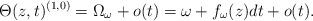
\begin{align*} \Theta(z,t)^{(1,0)}=\Omega_{\omega}+ o(t)=\omega+f_{\omega}(z)dt+o(t). \end{align*}